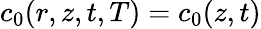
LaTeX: c_{0}(r,z,t,T)=c_{0}(z,t)